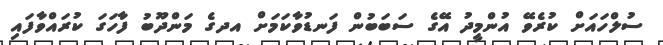
ސުލްހައަށް ކުރެވޭ އުންމީދު އޭގެ ސަބަބުން ފަނޑުވާކަމަށް އދގެ މަންދޫބު ފާހަގަ ކުރައްވާފައި